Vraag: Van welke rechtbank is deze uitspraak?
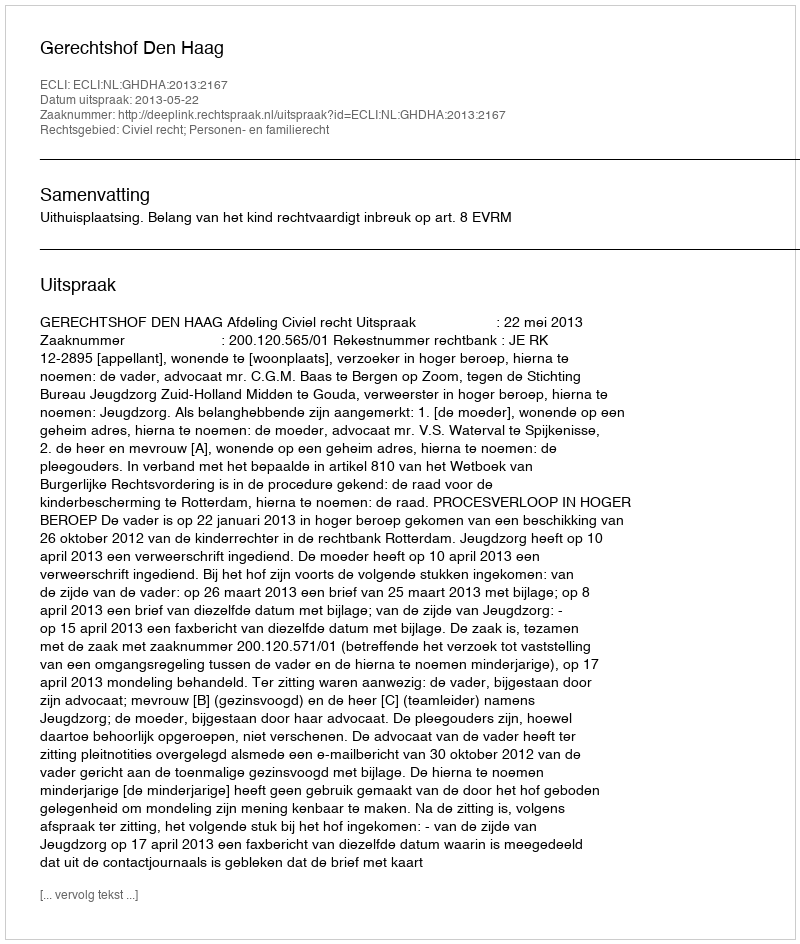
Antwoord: Gerechtshof Den Haag